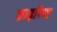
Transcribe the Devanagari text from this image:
फ़ाइरिया